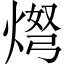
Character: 𬊨